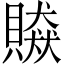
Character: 贆